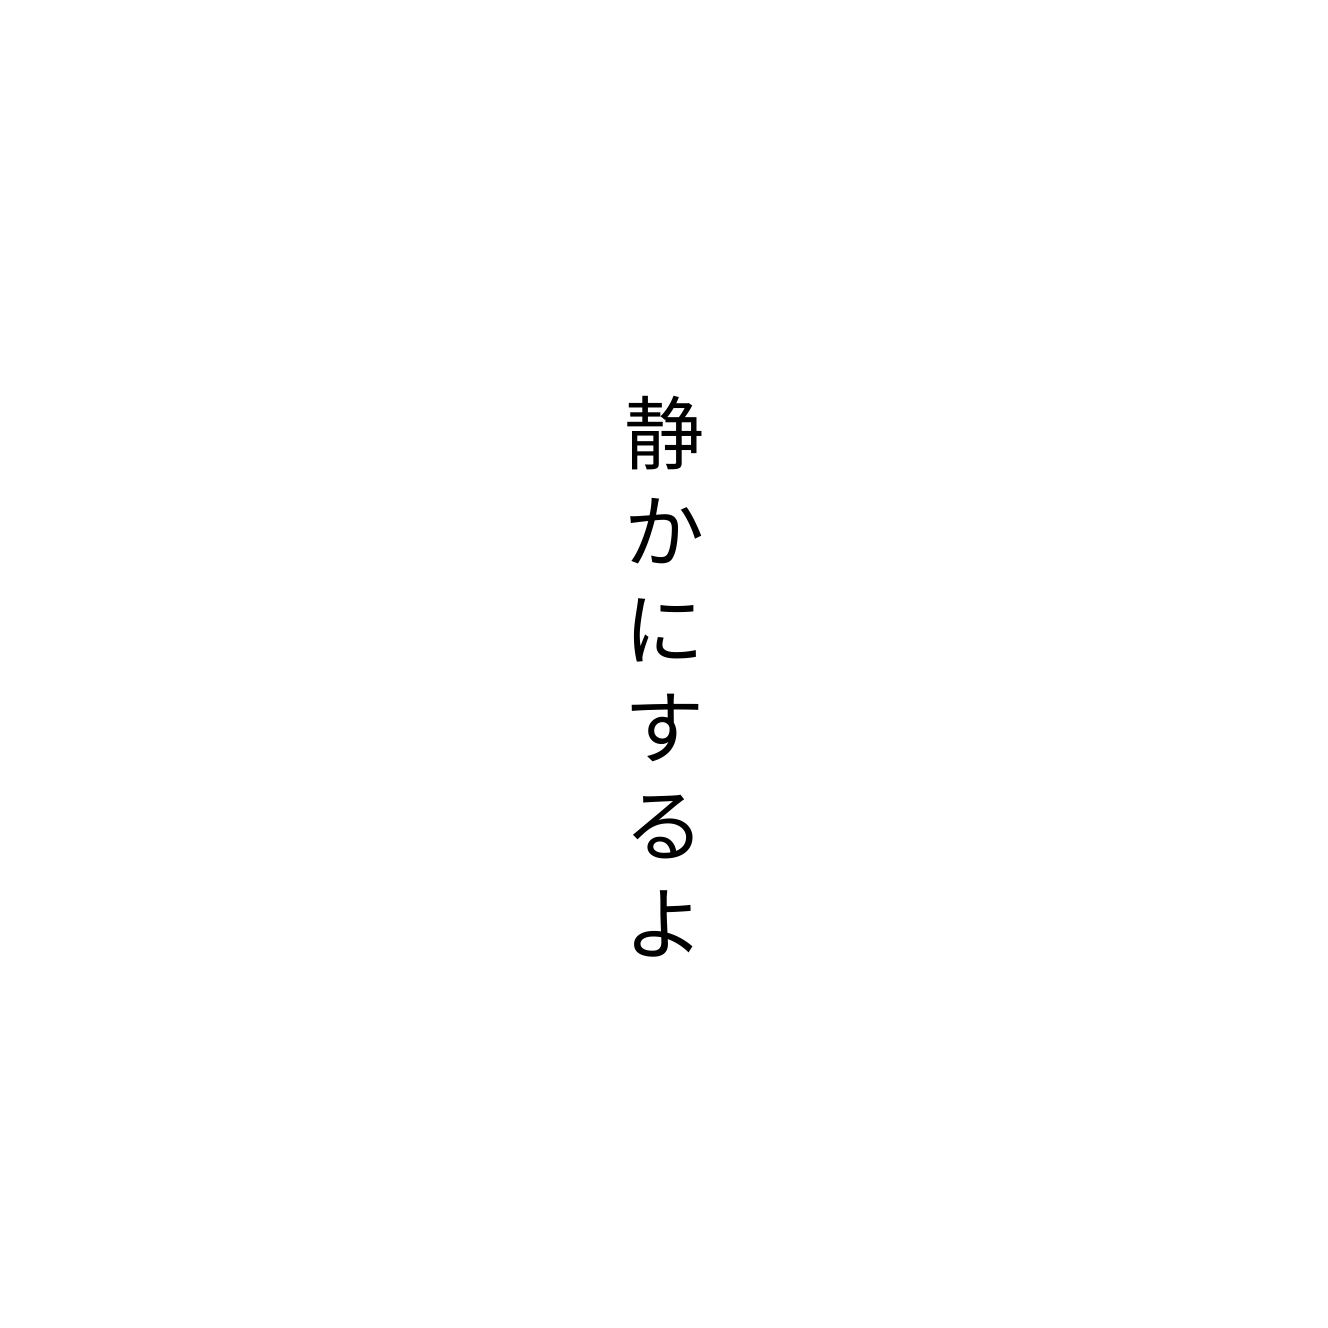
静かにするよ